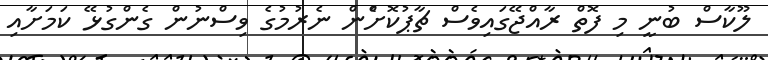
ލޫކާސް ބުނީ މި ފޮތް ރާއްޖޭގައިވެސް ޗާޕުކޮށްެން ނެރުމުގެ ވިސްނުން ގެންގުޅޭ ކަމަށާއި